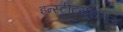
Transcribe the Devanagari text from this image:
इन्स्टीटयूशनल